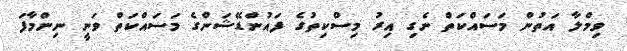
ވިމްލާ އަތުން މަސައްކަތް ނެގި އިރު މިސްކިތުގެ ފައުންޑޭޝަންގެ މަސައްކަތް ވަނީ ނިންމާފަ